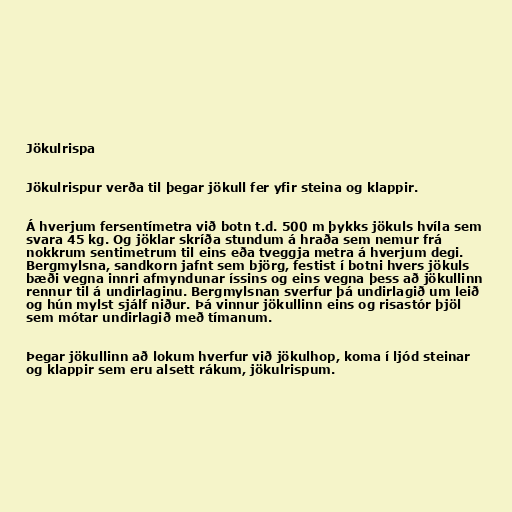
Jökulrispa

Jökulrispur verða til þegar jökull fer yfir steina og klappir.

Á hverjum fersentímetra við botn t.d. 500 m þykks jökuls hvíla sem
svara 45 kg. Og jöklar skríða stundum á hraða sem nemur frá
nokkrum sentimetrum til eins eða tveggja metra á hverjum degi.
Bergmylsna, sandkorn jafnt sem björg, festist í botni hvers jökuls
bæði vegna innri afmyndunar íssins og eins vegna þess að jökullinn
rennur til á undirlaginu. Bergmylsnan sverfur þá undirlagið um leið
og hún mylst sjálf niður. Þá vinnur jökullinn eins og risastór þjöl
sem mótar undirlagið með tímanum.

Þegar jökullinn að lokum hverfur við jökulhop, koma í ljód steinar
og klappir sem eru alsett rákum, jökulrispum.